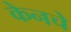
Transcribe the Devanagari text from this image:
केनचे